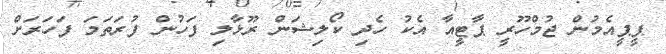
ޕީޕީއެމުން ޖުމްހޫރީ ޕާޓީއާ އެކު ހެދި ކޯލިޝަން ރޫޅާލި ފަހުން ފުރަތަމަ ފަހަރަށް